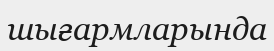
шығармларында